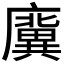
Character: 𢋸